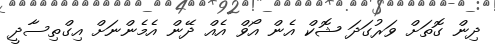
ދިން ގޮތަށް ވަރުގަދަ ޝޮކް އެން އޯވް އެއް ދޭން އެމެންނަށް އިގްތިސާދީ